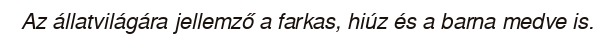
Az állatvilágára jellemző a farkas, hiúz és a barna medve is.